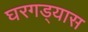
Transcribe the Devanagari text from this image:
घरगड्यास